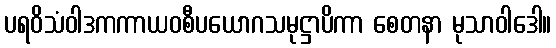
ပရဝိသံဝါဒကကာယဝစီပယောဂသမုဋ္ဌာပိကာ စေတနာ မုသာဝါဒေါ။